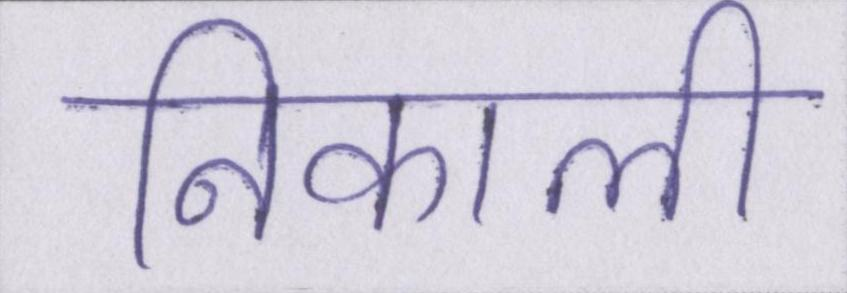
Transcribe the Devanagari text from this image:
निकाली